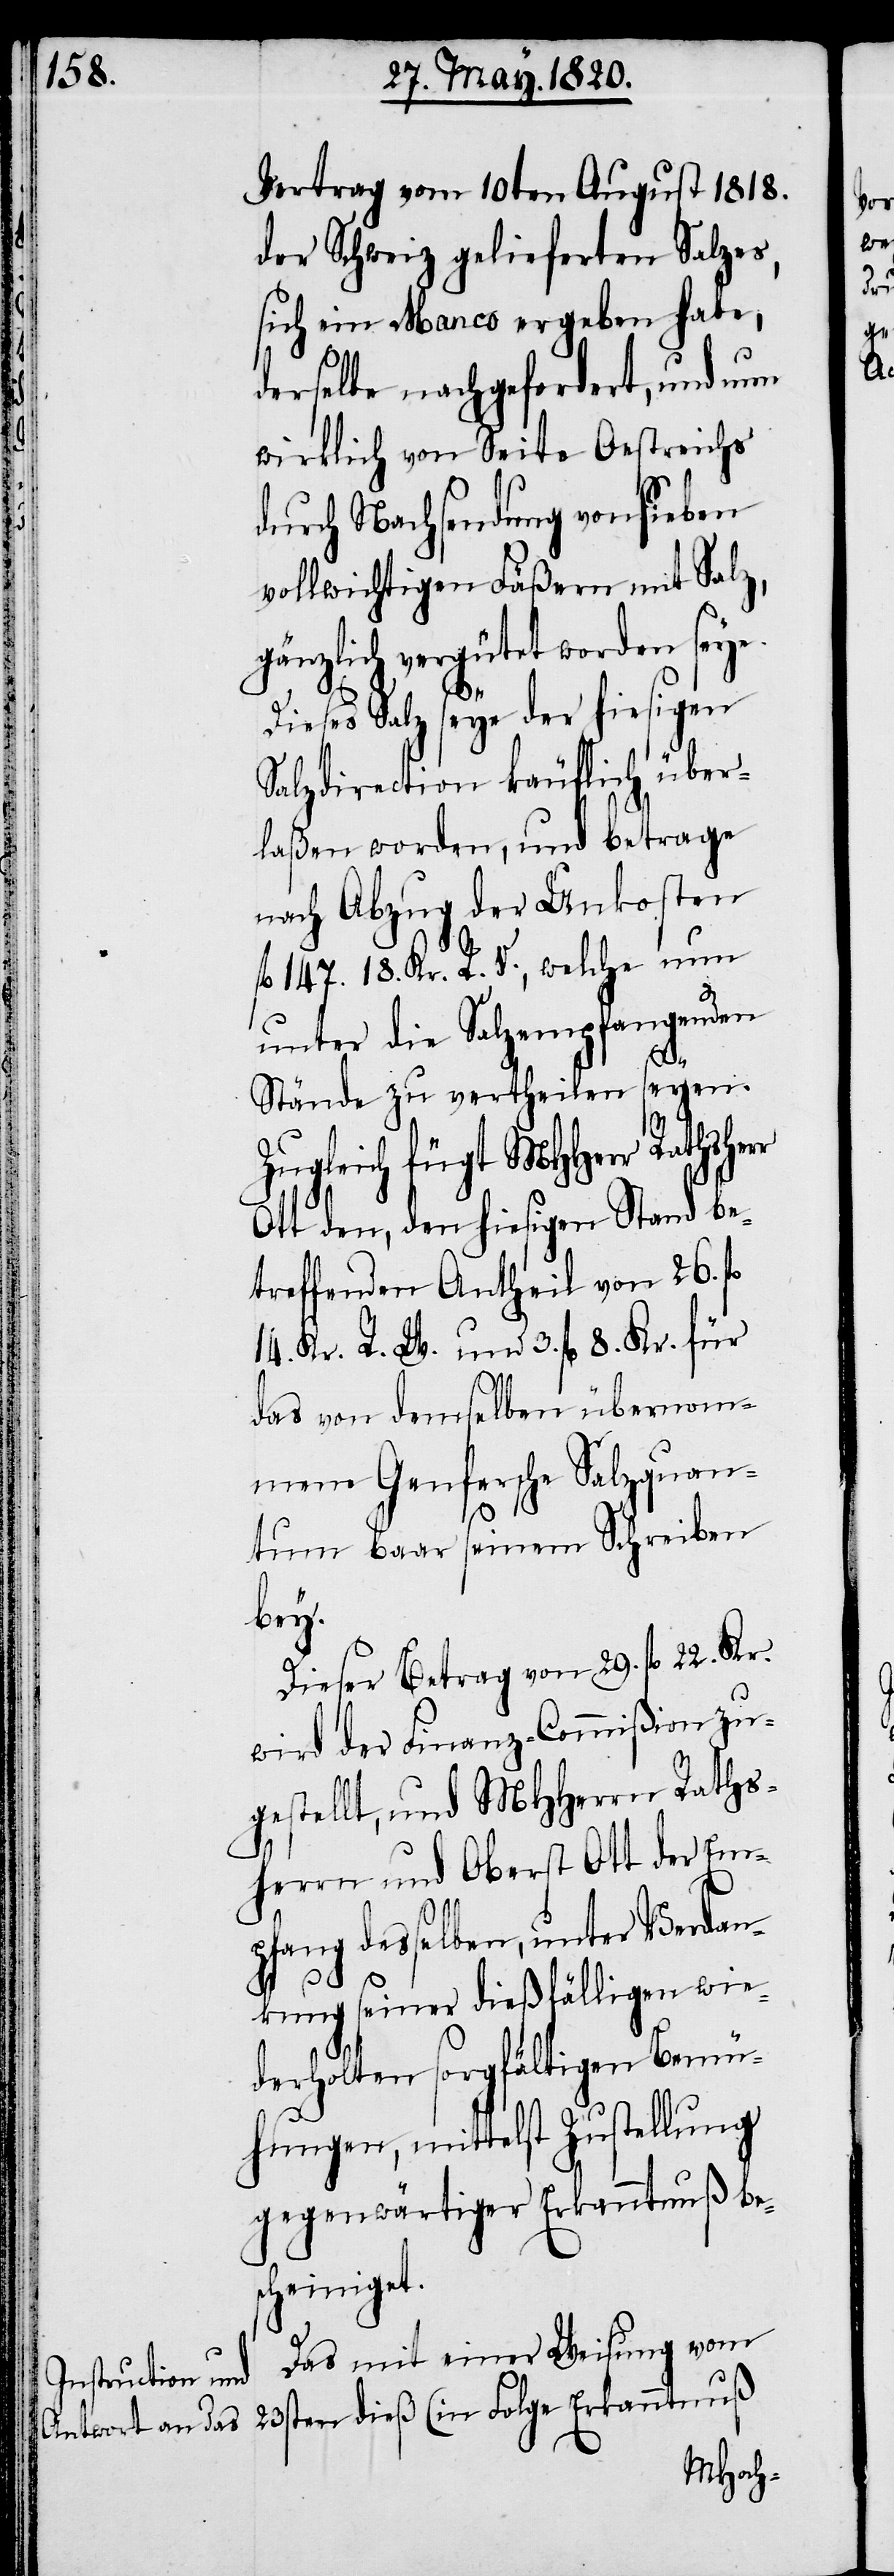
Vertrag vom 10ten August 1818.
der Schweiz gelieferten Salzes,
sich ein Manco ergeben habe,
derselbe nachgefordert, und um
wirklich von Seite Östreichs
durch Nachsendung von sieben
vollwichtigen Fäßern mit Salz,
gänzlich vergütet worden seye.
Dieses Salz seye der hiesigen
Salzdirection käuflich über¬
laßen worden, und betrage
nach Abzug der Unkosten
fl. 147. 18. Kr. R. V., welche nun
unter die Salzempfangenden
Stände zu vertheilen seyen.
Zugleich fügt MHHerr Rathsherr
Ott den, den hiesigen Stand be¬
treffenden Antheil von 26 fl.
14. Kr. R. W. und 3. fl 8. Kr. für
das von demselben übernom¬
mene Genfersche Salzquan¬
tum baar seinem Schreiben
bey.
Dieser Betrag von 29. fl 22. Kr.
wird der Finanz-Commißion zu¬
gestellt, und MHHerrn Raths¬
herrn und Oberst Ott der Em¬
pfang desselben, unter Verdan¬
kung seiner dießfälligen wie¬
derholten sorgfältigen Bemü¬
hungen, mittelst Zustellung
gegenwärtiger Erkenntnuß bes¬
cheiniget.
Das mit einer Weisung vom
23sten dieß (in folge Erkanntnuß